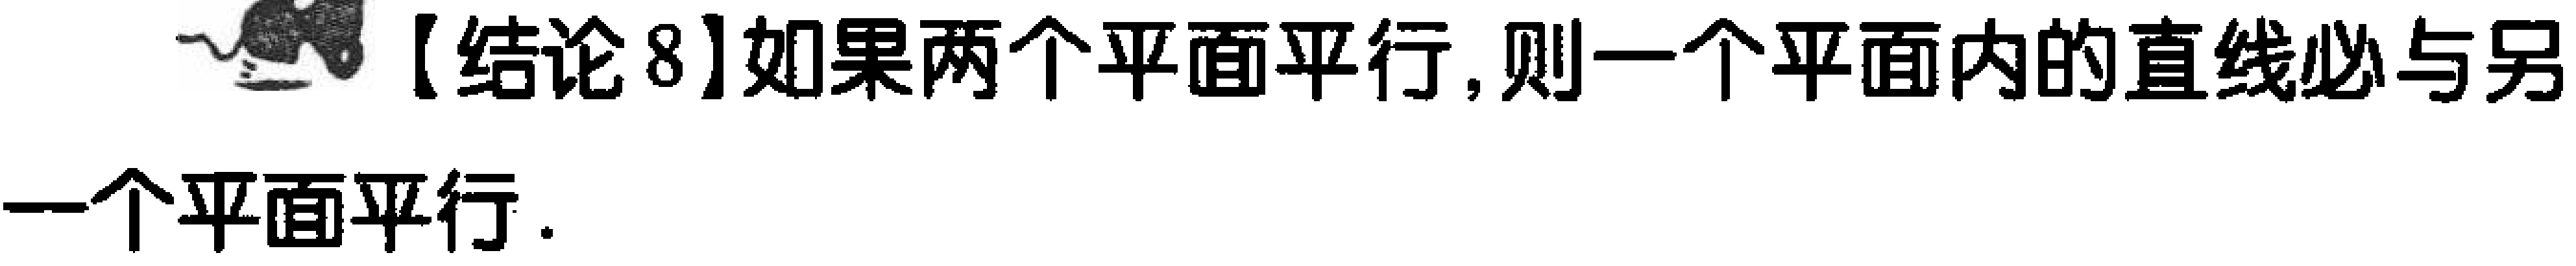
【结论8】如果两个平面平行,则一个平面内的直线必与另一个平面平行.